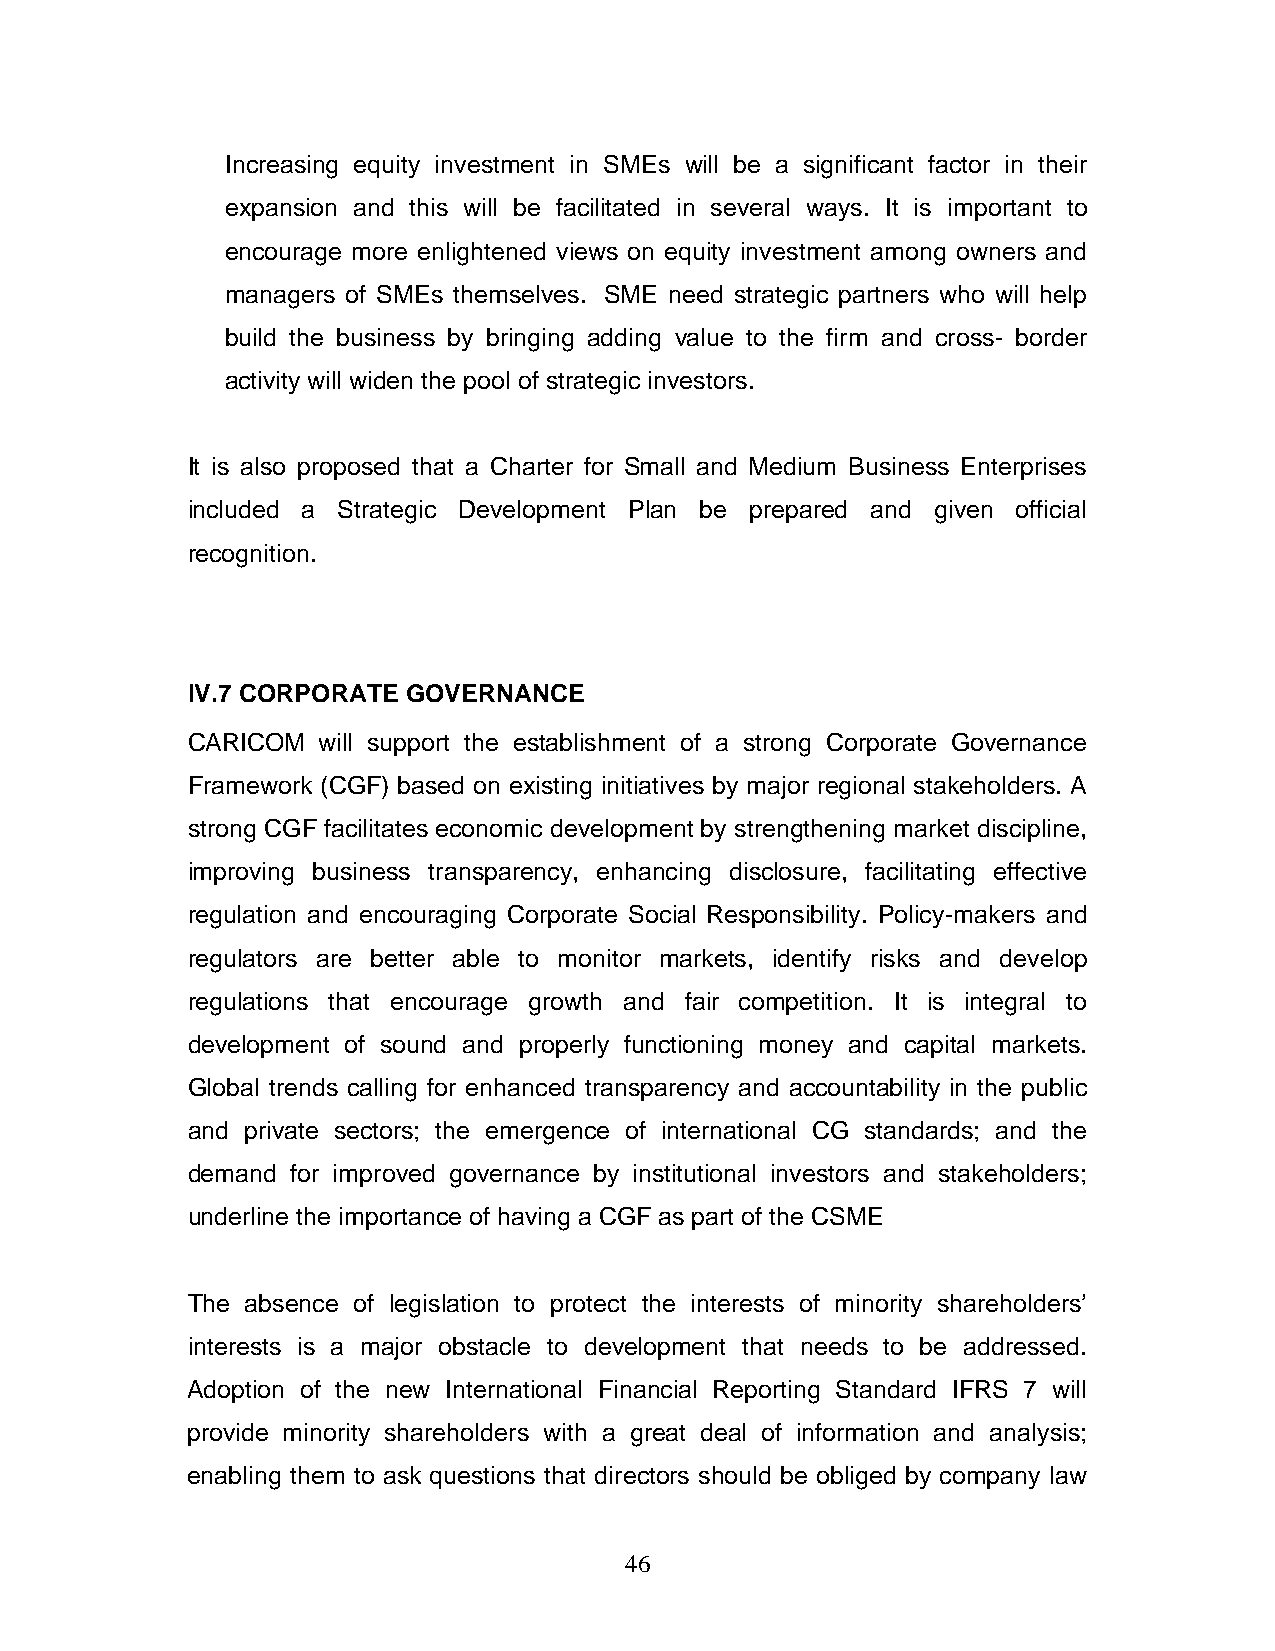
Increasing equity investment in SMEs will be a significant factor in their
 expansion and this will be facilitated in several ways. It is important to
 encourage more enlightened views on equity investment among owners and
 managers of SMEs themselves. SME need strategic partners who will help
 build the business by bringing adding value to the firm and cross- border
 activity will widen the pool of strategic investors.
 It is also proposed that a Charter for Small and Medium Business Enterprises
 included a Strategic Development Plan be prepared and given official
 recognition.
 IV.7 CORPORATE GOVERNANCE
 CARICOM  will support the establishment of a strong Corporate Governance
 Framework (CGF) based on existing initiatives by major regional stakeholders. A
 strong CGF facilitates economic development by strengthening market discipline,
 improving business transparency, enhancing disclosure, facilitating effective
 regulation and encouraging Corporate Social Responsibility. Policy-makers and
 regulators are better able to monitor markets, identify risks and develop
 regulations that encourage growth and fair competition. It is integral to
 development of sound and properly functioning money and capital markets.
 Global trends calling for enhanced transparency and accountability in the public
 and private sectors; the emergence of international CG standards; and the
 demand for improved governance by institutional investors and stakeholders;
 underline the importance of having a CGF as part of the CSME
 The absence of legislation to protect the interests of minority shareholders’
 interests is a major obstacle to development that needs to be addressed.
 Adoption of the new International Financial Reporting Standard IFRS 7 will
 provide minority shareholders with a great deal of information and analysis;
 enabling them to ask questions that directors should be obliged by company law
 46